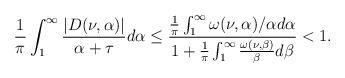
LaTeX: \begin{align*}\frac{1}{\pi}\int_{1}^{\infty}\frac{|D(\nu,\alpha)|}{\alpha+\tau}d\alpha\leq \frac{\frac{1}{\pi}\int_{1}^{\infty}\omega(\nu,\alpha)/\alpha d\alpha}{1+\frac{1}{\pi}\int_{1}^{\infty}\frac{\omega(\nu,\beta)}{\beta}d\beta} <1.\end{align*}